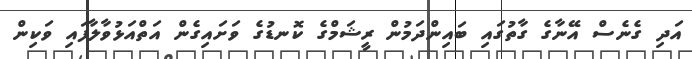
އަދި ގެނެސް އޭނާގެ ގާތުގައި ބައިންދަމުން ރީޝަމްގެ ކޮނޑުގެ ވަށައިގެން އަތްއަޅުވާލާފައި ވަކިން